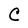
Character: C